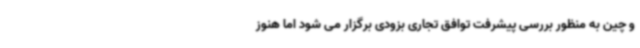
و چین به منظور بررسی پیشرفت توافق تجاری بزودی برگزار می شود اما هنوز